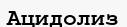
Ацидолиз